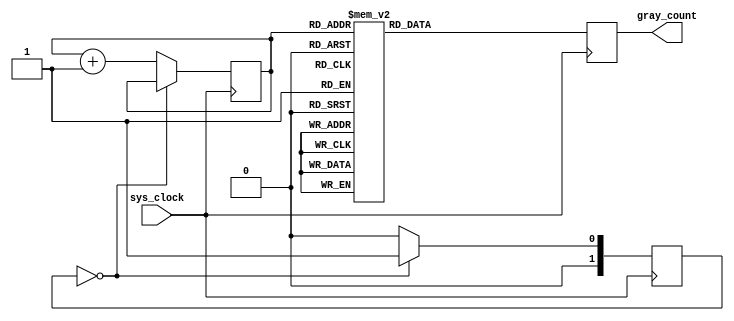
module gray_counter (
    input wire sys_clock,
    output reg [3:0] gray_count
);

reg [3:0] counter;
reg [1:0] clock_divider;

// Clock divider module
always @ (posedge sys_clock) begin
    if (clock_divider == 2'b00) begin
        clock_divider <= 2'b01;
    end else begin
        clock_divider <= 2'b00;
        counter <= counter + 1;
    end
end

// Gray counter
always @ (posedge sys_clock) begin
    case (counter)
        4'b0000: gray_count <= 4'b0000;
        4'b0001: gray_count <= 4'b0001;
        4'b0011: gray_count <= 4'b0010;
        4'b0010: gray_count <= 4'b0011;
        4'b0110: gray_count <= 4'b0100;
        4'b0111: gray_count <= 4'b0101;
        4'b0101: gray_count <= 4'b0110;
        4'b0100: gray_count <= 4'b0111;
        4'b1100: gray_count <= 4'b1000;
        4'b1101: gray_count <= 4'b1001;
        4'b1111: gray_count <= 4'b1010;
        4'b1110: gray_count <= 4'b1011;
        4'b1010: gray_count <= 4'b1100;
        4'b1011: gray_count <= 4'b1101;
        4'b1001: gray_count <= 4'b1110;
        4'b1000: gray_count <= 4'b1111;
        default: gray_count <= 4'b0000;
    endcase
end
endmodule